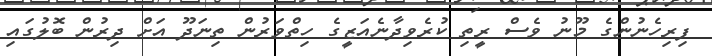
ފިރިހެނުންގެ މޫނު ވެސް ރީތި ކުރެވިދާނެއަޒީގެ ހިތްވަރުން ތިނަދޫ އަށް ދިރުން ބޮލުގައި